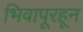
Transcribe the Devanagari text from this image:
भिवापूरहून